Note on the mental hospitals in Burma - 1925-1940
Year: 1925
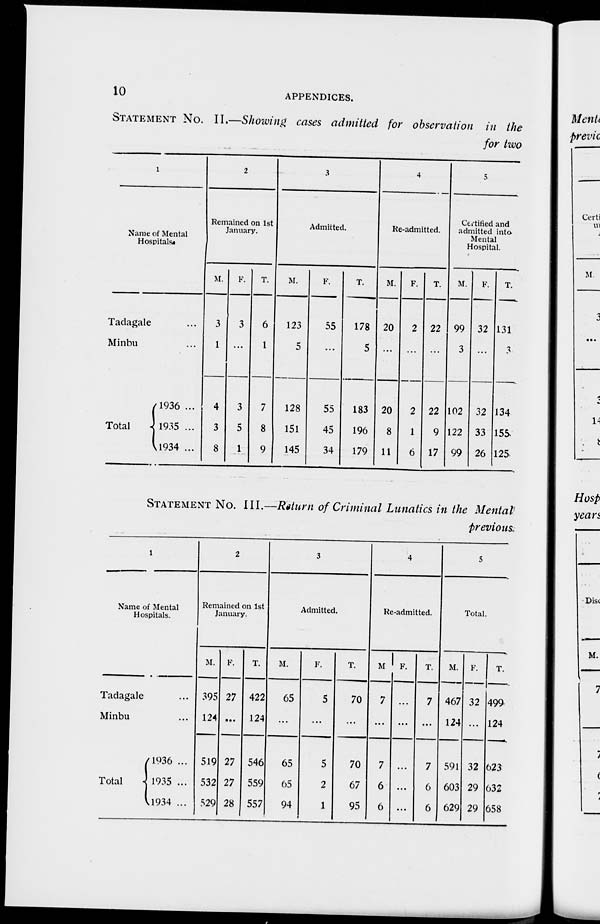
10
APPENDICES.
STATEMENT No. II.—Showing cases admitted for observation in the
for two
1
Name of Mental
Hospitals.
Tadagale ...
Minbu ...
Total
1936 ...
1935 ...
1934 ...
2
Remained on 1st
January.
M.
3
1
4
3
8
F.
3
...
3
5
1
T.
6
1
7
8
9
3
Admitted.
M.
123
5
128
151
145
F.
55
...
55
45
34
T.
178
5
183
196
179
4
He-admitted.
M.
20
...
20
8
11
F.
2
...
2
1
6
T.
22
...
22
9
17
5
Certified and
admitted into
Mental
Hospital.
M.
99
3
102
122
99
F.
32
...
32
33
26
T.
131
3
134
155
125
STATEMENT No. III.—Return of Criminal Lunatics in the Mental
previous.
1
Name of Mental
Hospitals.
Tadagale ...
Minbu ...
Total
1936 ...
1935 ...
1934 ...
2
Remained on 1st
January.
M.
395
124
519
532
529
F.
27
...
27
27
28
T.
422
124
546
559
557
3
Admitted.
M.
65
...
65
65
94
F.
5
...
5
2
1
T.
70
...
70
67
95
4
Re-admitted.
M.
7
...
7
6
6
F.
...
...
...
...
...
T.
7
...
7
6
6
5
Total.
M.
467
124
591
603
629
F.
32
...
32
29
29
T.
499
124
623
632
658